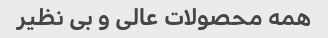
همه محصولات عالی و بی نظیر